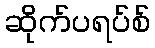
ဆိုက်ပရပ်စ်